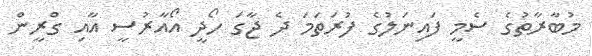
މުބާރާތުގެ ސެމީ ފައިނަލުގެ ފުރަތަމަ ދެ ޖާގަ ހޯދީ އޯއާރުސީ އާއި ގްރީން